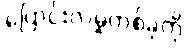
ပြောင်းလဲမှုတစ်ခုကို